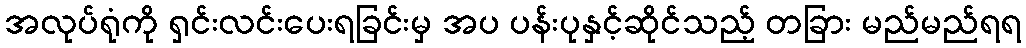
အလုပ်ရုံကို ရှင်းလင်းပေးရခြင်းမှ အပ ပန်းပုနှင့်ဆိုင်သည့် တခြား မည်မည်ရရ